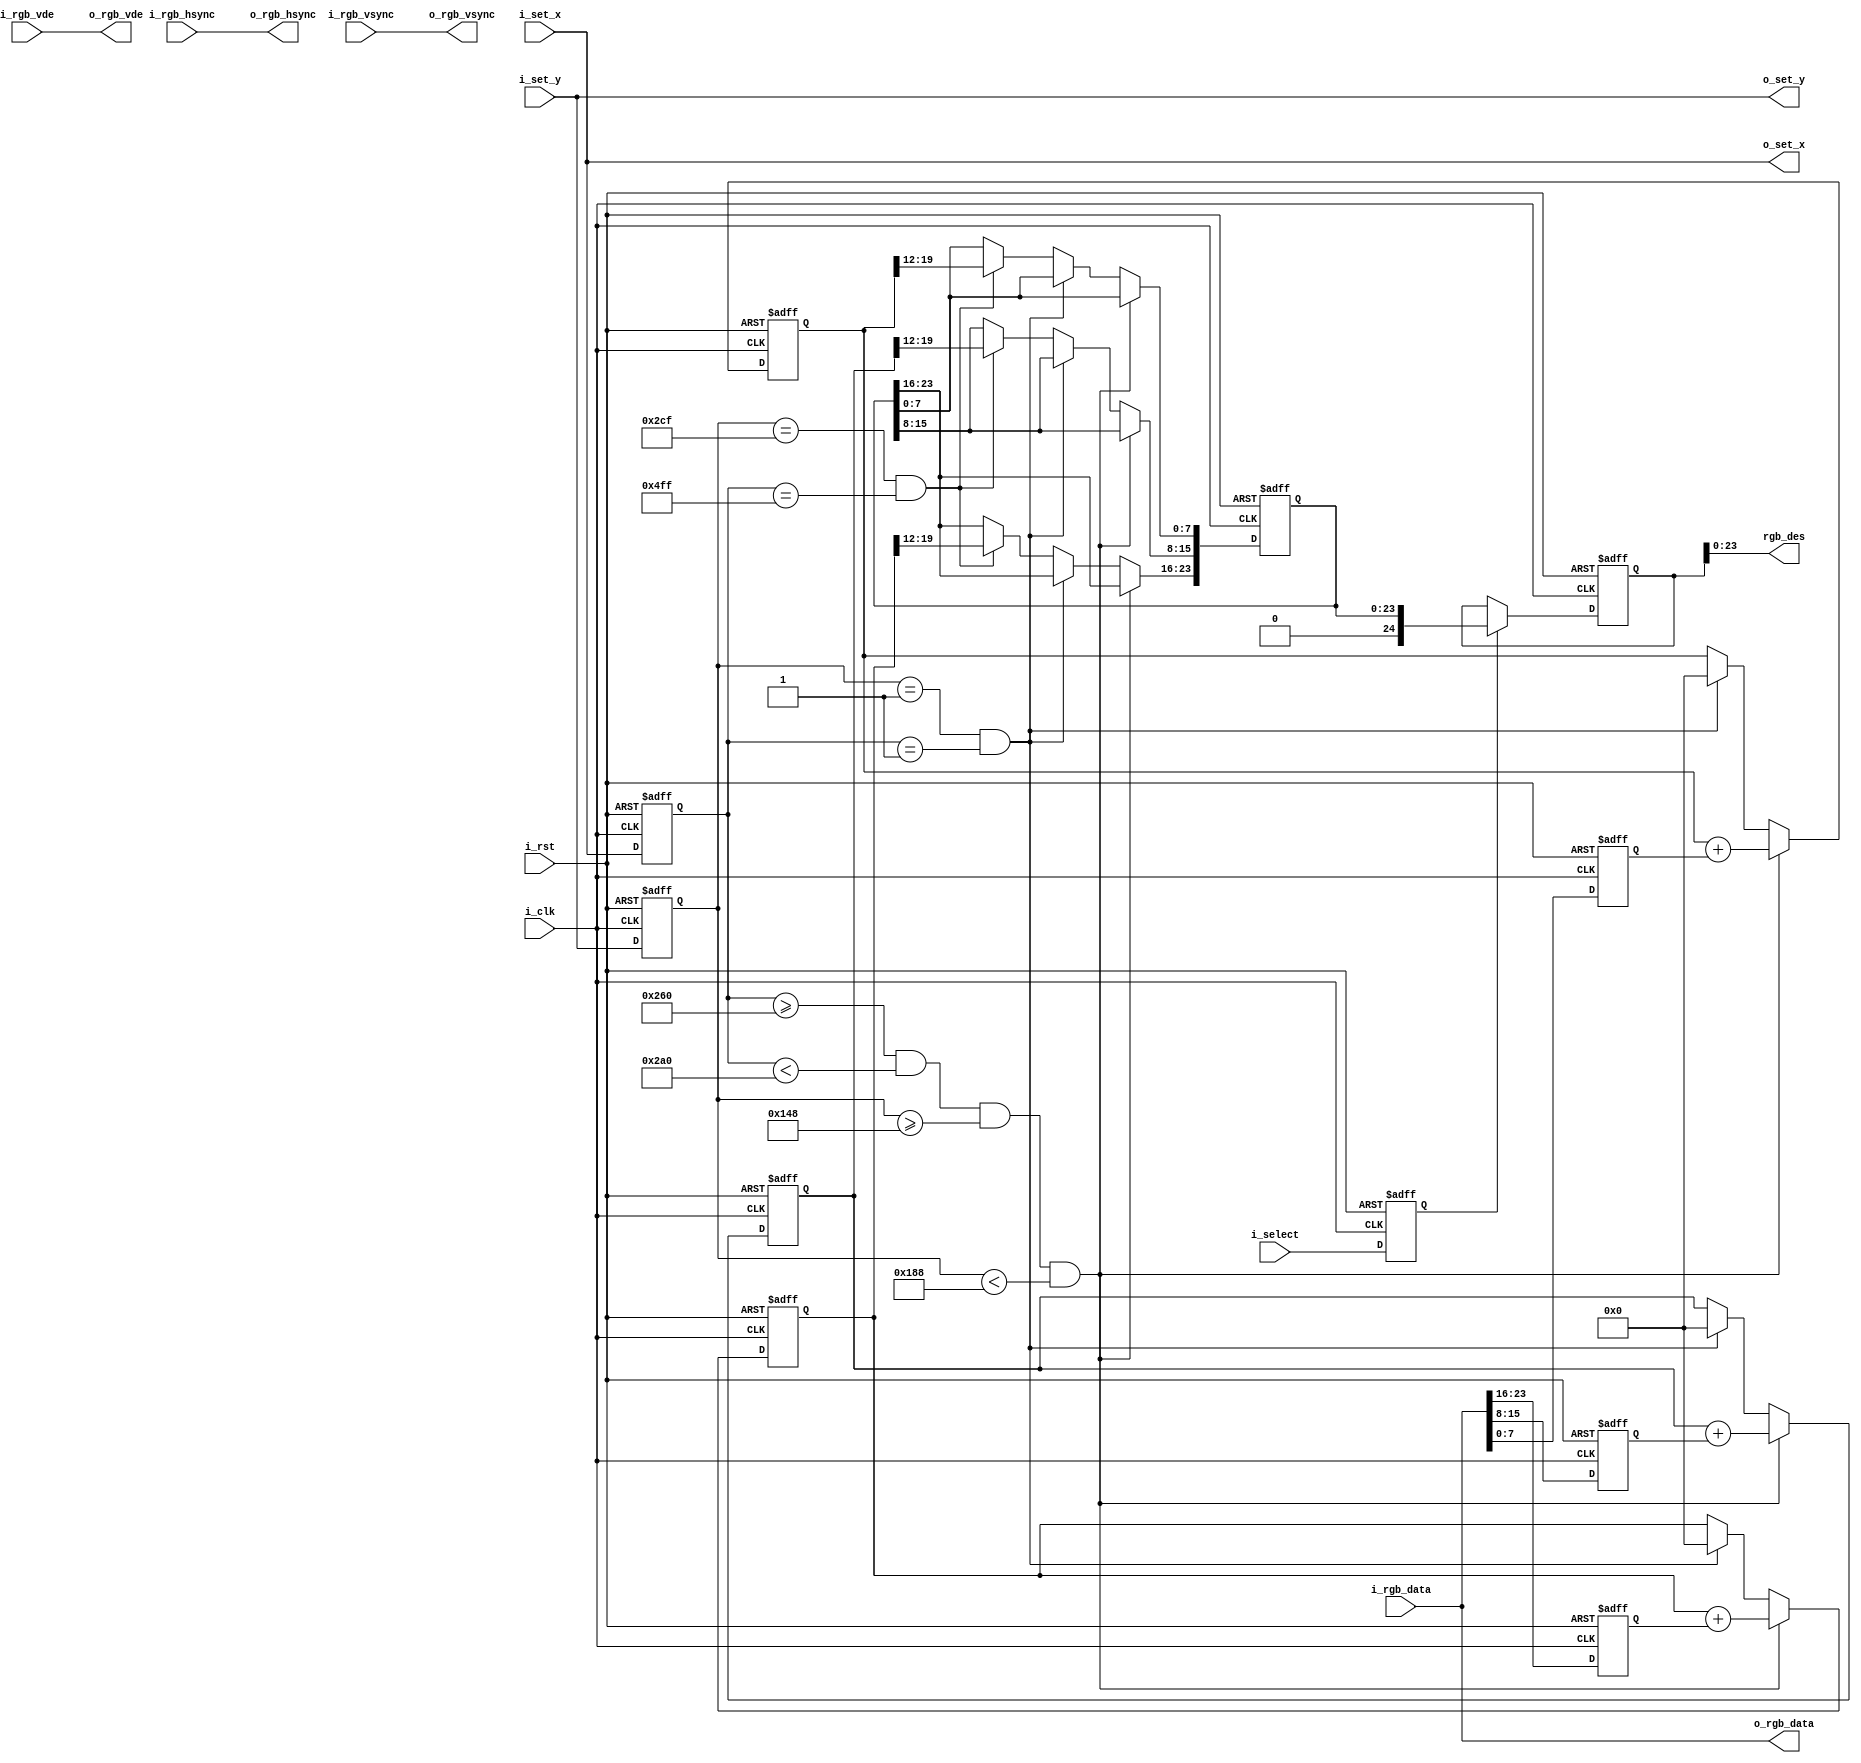
`timescale 1ns / 1ps
//////////////////////////////////////////////////////////////////////////////////
// Company: 
// Engineer: 
// 
// Design Name: 
// Module Name: Color_Extract
// Project Name: 
// Target Devices: 
// Tool Versions: 
// Description: 
// 
// Dependencies: 
// 
// Revision:
// Revision 0.01 - File Created
// Additional Comments:
// 
//////////////////////////////////////////////////////////////////////////////////


module Color_Extract(
     input i_clk,
    input i_rst,
    input i_select,
    input i_rgb_vde,
    input i_rgb_hsync,
    input i_rgb_vsync,
    input [23:0]i_rgb_data,
    input [10:0]i_set_x,
    input [9:0]i_set_y,
    output [23:0]o_rgb_data,
    output o_rgb_vde,
    output o_rgb_hsync,
    output o_rgb_vsync,
    output [10:0]o_set_x,
    output [9:0]o_set_y,
    output [23:0] rgb_des

    );
   
    
    
    
    
   assign o_rgb_data=i_rgb_data;
   assign o_rgb_vde=i_rgb_vde;
   assign o_rgb_hsync=i_rgb_hsync;
   assign o_rgb_vsync=i_rgb_vsync;
   assign o_set_x=i_set_x;
   assign o_set_y=i_set_y;
       
     localparam Default_HLine=11'd1280;
    localparam Default_VLine=10'd720;
    localparam Default_Width=7'd64;
    localparam Default_Height=7'd64;
    localparam Start_HLine=(Default_HLine>>1)-(Default_Width>>1);
    localparam End_HLine=(Default_HLine>>1)+(Default_Width>>1);
    localparam Start_VLine=(Default_VLine>>1)-(Default_Height>>1);
    localparam End_VLine=(Default_VLine>>1)+(Default_Height>>1);
    
    //
    reg [19:0]rgb_r_cnt=0;
    reg [19:0]rgb_g_cnt=0;
    reg [19:0]rgb_b_cnt=0;
    reg [23:0]rgb_tmp=0;
    
    //
    reg select_i=0;
    reg [10:0]set_x_i=0;
    reg [9:0]set_y_i=0;
    reg [7:0]rgb_r_i=0;
    reg [7:0]rgb_g_i=0;
    reg [7:0]rgb_b_i=0;
    
    //
    reg [24:0]rgb_des_o=24'b11111111_11111111_11111111;
    
    //
    assign rgb_des=rgb_des_o;
    
    //
    always@(posedge i_clk or negedge i_rst)begin
        if(!i_rst)begin
            rgb_des_o<=24'b11111111_11111111_11111111;
        end
        else if(select_i==1'b1)begin
            rgb_des_o<=rgb_tmp;
        end
        else begin
            rgb_des_o<=rgb_des_o;
        end
    end
    
    //HSV
    always@(posedge i_clk or negedge i_rst)begin
        if(!i_rst)begin
            rgb_tmp<=25'b11111111_11111111_11111111;
            rgb_r_cnt<=20'h0;
            rgb_g_cnt<=20'h0;
            rgb_b_cnt<=20'h0;
        end
        else if(set_x_i>=Start_HLine&set_x_i<End_HLine&set_y_i>=Start_VLine&set_y_i<End_VLine)begin
            rgb_tmp<=rgb_tmp;
            rgb_r_cnt<=rgb_r_cnt+rgb_r_i;
            rgb_g_cnt<=rgb_g_cnt+rgb_g_i;
            rgb_b_cnt<=rgb_b_cnt+rgb_b_i;
        end
        else if(set_y_i==10'd1&set_x_i==11'd1)begin
            rgb_tmp<=rgb_tmp;
            rgb_r_cnt<=20'h0;
            rgb_g_cnt<=20'h0;
            rgb_b_cnt<=20'h0;
        end
        else if(set_y_i==10'd719&set_x_i==11'd1279)begin
            rgb_tmp[23:16]<=rgb_r_cnt[19:12];
            rgb_tmp[15:8]<=rgb_g_cnt[19:12];
            rgb_tmp[7:0]<=rgb_b_cnt[19:12];
            rgb_r_cnt<=rgb_r_cnt;
            rgb_g_cnt<=rgb_g_cnt;
            rgb_b_cnt<=rgb_b_cnt;
        end
        else begin
            rgb_tmp<=rgb_tmp;
            rgb_r_cnt<=rgb_r_cnt;
            rgb_g_cnt<=rgb_g_cnt;
            rgb_b_cnt<=rgb_b_cnt;
        end
    end
    
    //
    always@(posedge i_clk or negedge i_rst)begin
        if(!i_rst)begin
            select_i<=1'b0;
            set_x_i<=11'd0;
            set_y_i<=10'd0;
            rgb_r_i<=8'd0;
            rgb_g_i<=8'd0;
            rgb_b_i<=8'd0;
        end
        else begin
            select_i<=i_select;
            set_x_i<=i_set_x;
            set_y_i<=i_set_y;
            rgb_r_i<=i_rgb_data[23:16];
            rgb_g_i<=i_rgb_data[15:8];
            rgb_b_i<=i_rgb_data[7:0];
        end
    end
    
    
    
    
    
    
endmodule